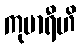
ကုမာရီဟိ